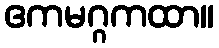
ဧကမဂ္ဂကထာ။